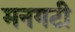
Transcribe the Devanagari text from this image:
मनगटी